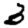
Digit: 3